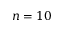
n = 1 0